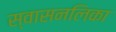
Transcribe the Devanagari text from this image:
स्वासनलिका